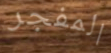
المفجر